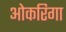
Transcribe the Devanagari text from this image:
ओकरिगा